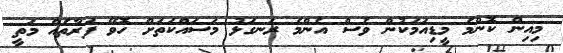
މިއިން ކޮންމެ މީޑިއަމަކުން ވެސް އެންމެ ރަނގަޅު މަސައްކަތަށް ހޮވޭ ފަރާތެއް މަތީ